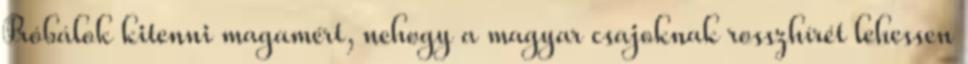
Próbálok kitenni magamért, nehogy a magyar csajoknak rosszhírét lehessen